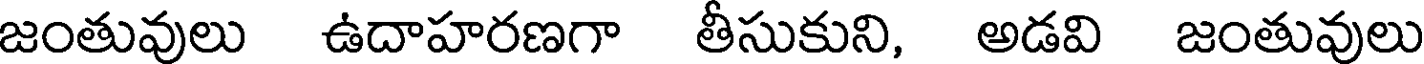
జంతువులు ఉదాహరణగా తీసుకుని, అడవి జంతువులు